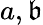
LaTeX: a,\mathfrak{b}